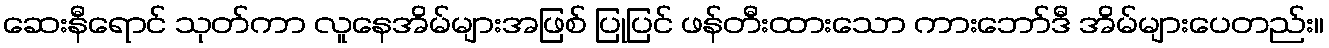
ဆေးနီရောင် သုတ်ကာ လူနေအိမ်များအဖြစ် ပြုပြင် ဖန်တီးထားသော ကားဘော်ဒီ အိမ်များပေတည်း။